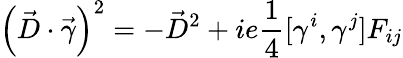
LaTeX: \left(\vec{D}\cdot\vec{\gamma}\right)^{2}=-\vec{D}^{2}+ie{\frac{1}{4}}[\gamma^{i},\gamma^{j}]F_{ij}